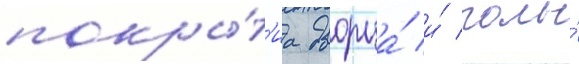
покры́т'иа дворца́ и́ полы́